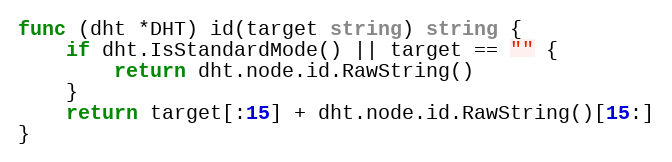
Language: Go
func (dht *DHT) id(target string) string {
	if dht.IsStandardMode() || target == "" {
		return dht.node.id.RawString()
	}
	return target[:15] + dht.node.id.RawString()[15:]
}